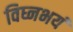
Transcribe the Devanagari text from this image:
विघ्नभयं